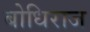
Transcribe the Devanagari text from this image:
बोधिराज